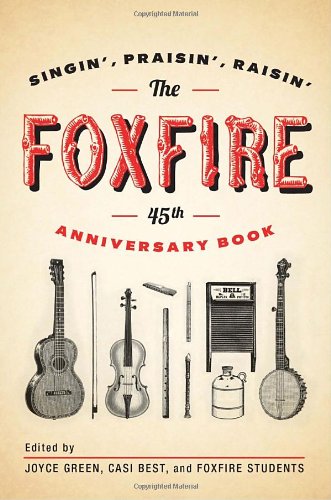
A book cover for The Foxfire 45th Anniversary Book: Singin', Praisin', Raisin'; Inc. Foxfire Fund; Crafts, Hobbies & Home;